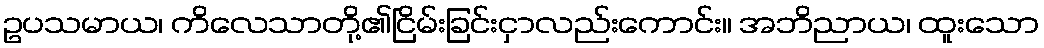
ဥပသမာယ၊ ကိလေသာတို့၏ငြိမ်းခြင်းငှာလည်းကောင်း။ အဘိညာယ၊ ထူးသော